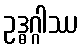
ဥဒ္ဓဂ္ဂါဿ